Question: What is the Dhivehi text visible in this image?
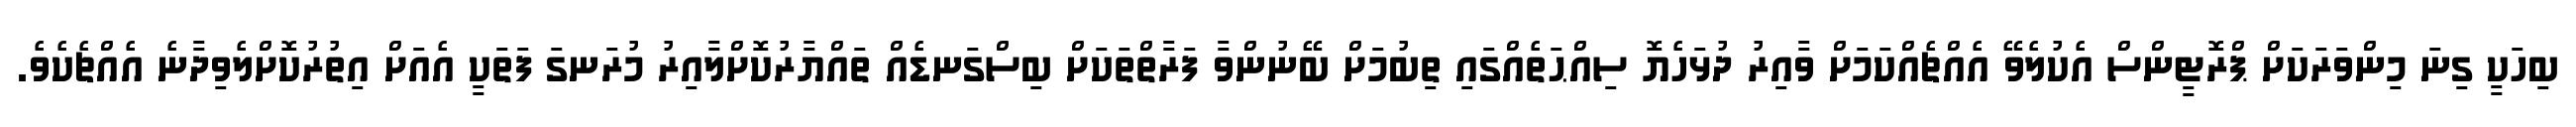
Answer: ބިހަކީ ގިނަ މިންވަރަކަށް ޕްރޮޓީންސް އެކުލެވޭ އެއްޗެއްކަމަށް ވާއިރު ދުޅަހެޔޮ ސިއްޙަތެއްގައި ތިބުމަށް ބޭނުންވާ ފަރާތްތަކަށް ބިސްގަނޑެއް ތައްޔާރުކޮށްލާއިރު މުރަނގަ ފަތަކީ އެއަށް އިތުރުކޮށްލެވިދާނެ އެއްޗެކެވެ.